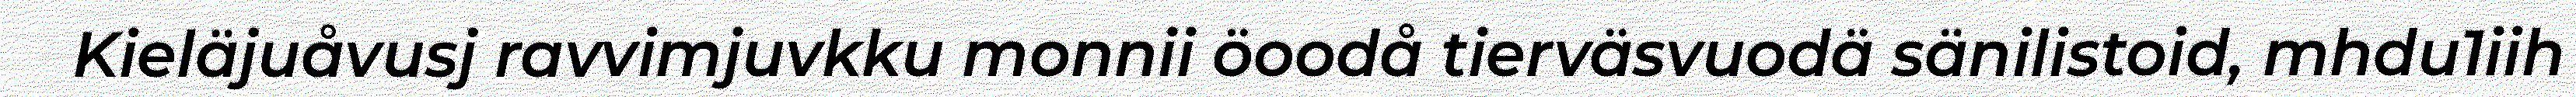
Kieläjuåvusj ravvimjuvkku monnii öoodå tierväsvuodä sänilistoid, mhdu1iih